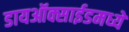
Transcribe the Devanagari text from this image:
डायऑक्साईडमध्ये